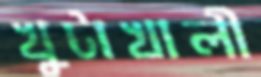
খুটাখালী